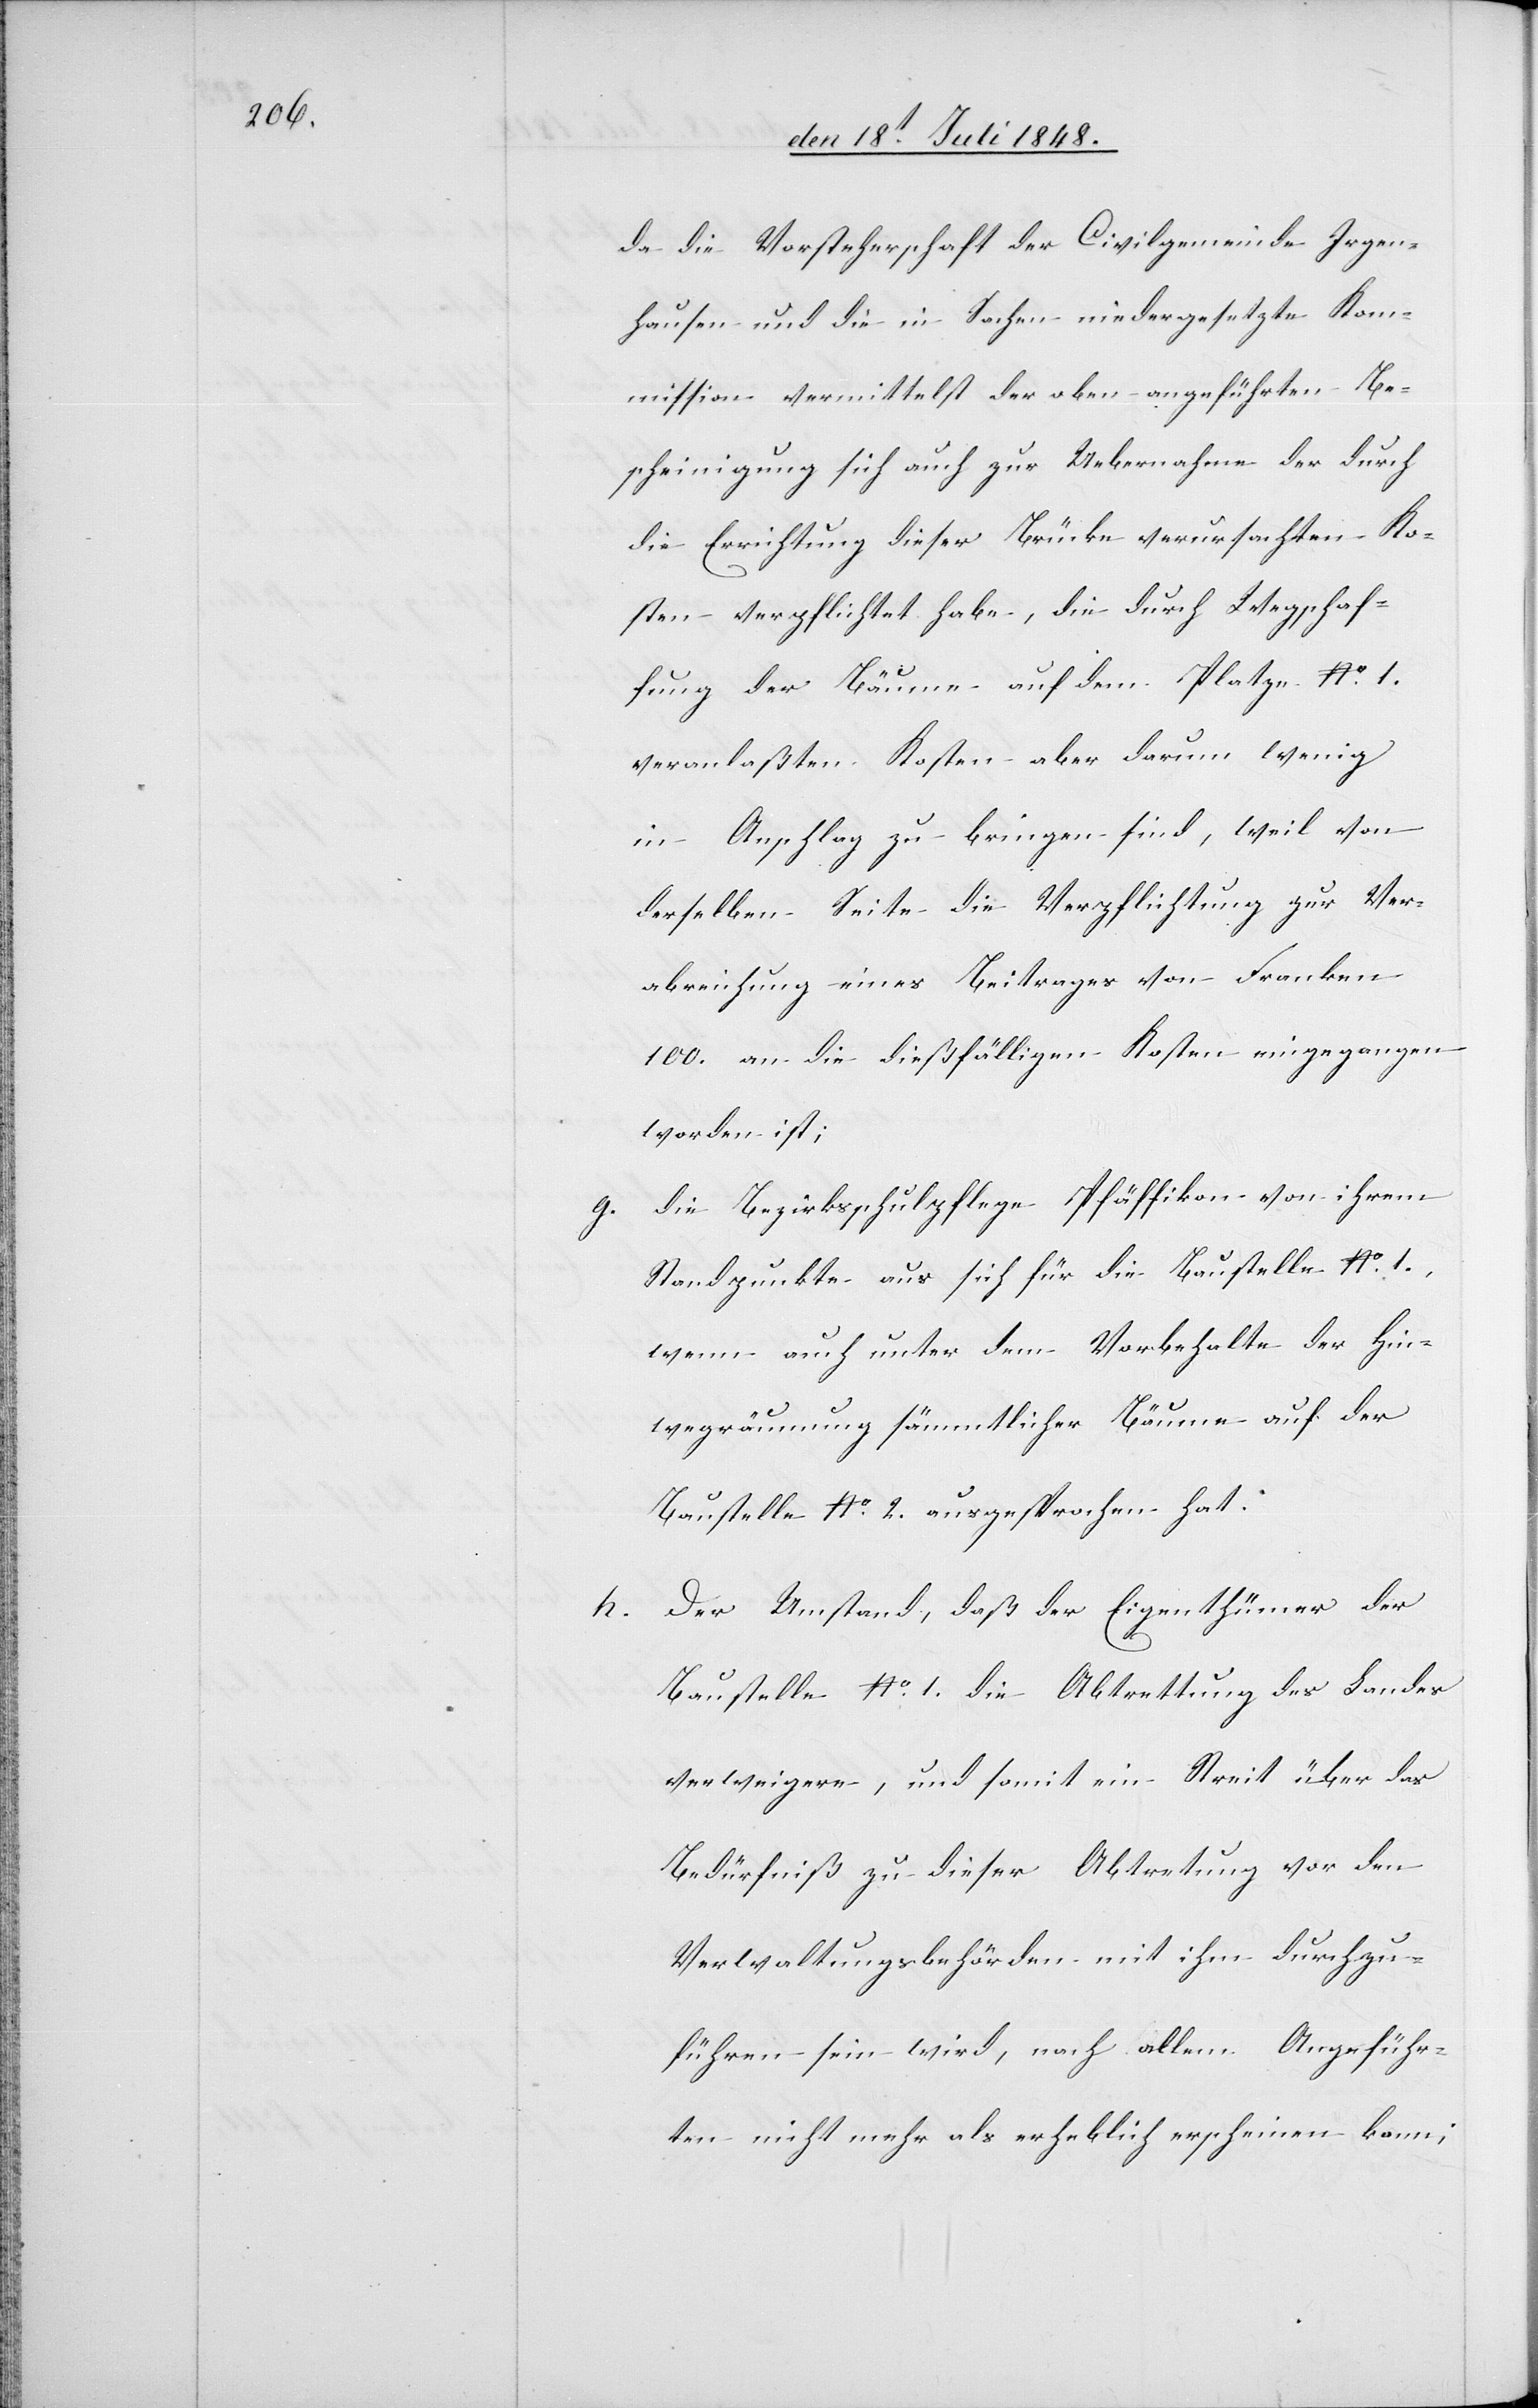
da die Vorsteherschaft der Civilgemeinde Irgen¬
hausen und die in Sachen niedergesetzte Kom¬
mission vermittelst der oben angeführten Be¬
scheinigung sich auch zur Uebernahme der durch
die Errichtung dieser Brücke verursachten Ko¬
sten verpflichtet habe, die durch Wegschaf¬
fung der Bäume auf dem Platze No 1.
veranlaßten Kosten aber darum wenig
in Anschlag zu bringen sind, weil von
derselben Seite die Verpflichtung zur Ver¬
abreichung eines Beitrages von Franken
100. an die dießfälligen Kosten eingegangen
worden ist;
g. die Bezirksschulpflege Pfäffikon von ihrem
Standpunkte aus sich für die Baustelle No 1.,
wenn auch unter dem Vorbehalte der Hin¬
wegräumung sämmtlicher Bäume auf der
Baustelle No 2. ausgesprochen hat.
h. Der Umstand, daß der Eigenthümer der
Baustelle No 1. die Abtrettung des Landes
verweigere, und somit ein Streit über das
Bedürfniß zu dieser Abtretung vor den
Verwaltungsbehörden mit ihm durchzu¬
führen sein wird, nach allem Angeführ¬
ten nicht mehr als erheblich erscheinen kann;